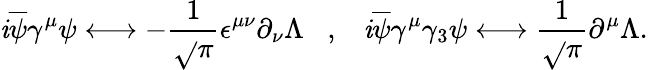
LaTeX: \mathit{i}\overline{{{{\psi}}}}\gamma^{\mu}\psi\longleftrightarrow-\frac{{1}}{{\sqrt{}{{\pi}}}}\epsilon^{\mu\nu}\partial_{\nu}\Lambda\; \; \; ,\; \; \; \mathit{i}\overline{{{{\psi}}}}\gamma^{\mu}\gamma_{3}\psi\longleftrightarrow\frac{{1}}{{\sqrt{}{{\pi}}}}\partial^{\mu}\Lambda.